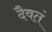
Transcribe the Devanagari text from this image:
दैवतं